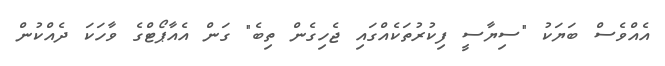
އެއްވެސް ބަޔަކު "ސިޔާސީ ފިކުރުތަކެއްގައި ޖެހިގެން ތިބެ" ގަން އެއާޕޯޓްގެ ވާހަކަ ދެއްކުން